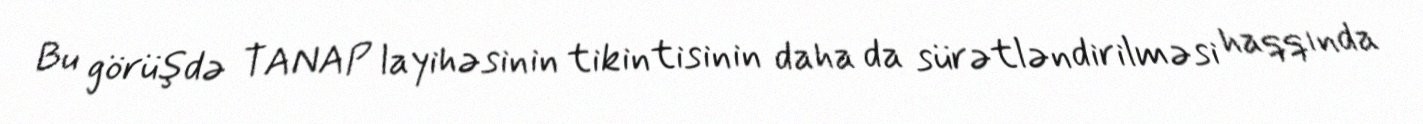
Bu görüşdə TANAP layihəsinin tikintisinin daha da sürətləndirilməsi haqqında